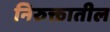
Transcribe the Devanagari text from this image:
निरुक्तातील